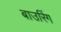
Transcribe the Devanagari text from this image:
बाउरिंग